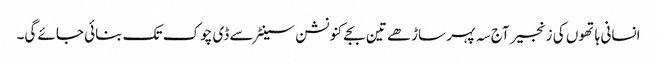
انسانی ہاتھوں کی زنجیر آج سہ پہر ساڑھے تین بجے کنونشن سینٹر سے ڈی چوک تک بنائی جائے گی۔